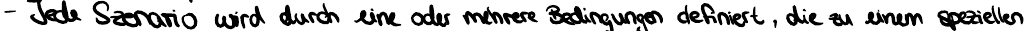
- Jede Szenario wird durch eine oder mehrere Bedingungen definiert, die zu einem speziellen